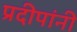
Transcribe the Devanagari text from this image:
प्रदीपांनी